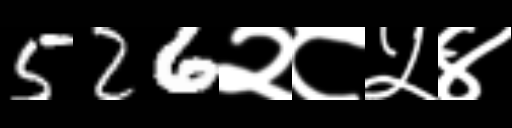
Text: 526२८५४